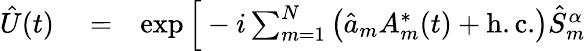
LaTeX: \begin{array}{rlr}{\hat{U}(t)}&{{}=}&{\exp\Big[-i\sum_{m=1}^{N}\left(\hat{a}_{m}A_{m}^{*}(t)+\mathrm{h.c.}\right)\hat{S}_{m}^{\alpha}}\end{array}